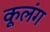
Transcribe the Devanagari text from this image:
कूलंग